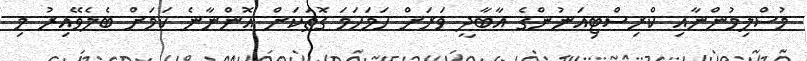
މުސްލިމުންނާއި ކްރިސްޓިއަނުންގެ އާބާދީ ވަރަށް ހަމަހަމަ ގޮތަކަށް އޮންނާނެ ކަމަށް ބެލެވޭއިރު މި